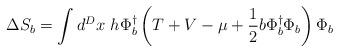
\begin{align*}\Delta S_b = \int d^D x~h \Phi_b^{\dagger} \left( T + V - \mu + \frac{1}{2} b\Phi_b^{\dagger} \Phi_b \right) \Phi_b\end{align*}